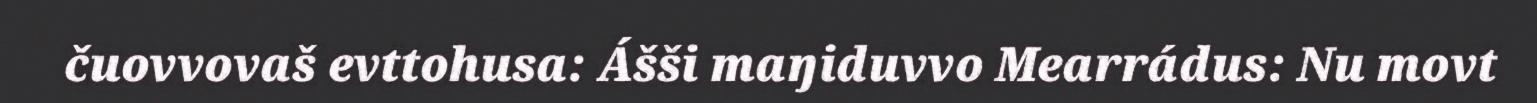
čuovvovaš evttohusa: Ášši maŋiduvvo Mearrádus: Nu movt